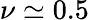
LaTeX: \nu\simeq 0.5